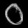
Digit: ၀